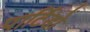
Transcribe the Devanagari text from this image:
पार्टिडो